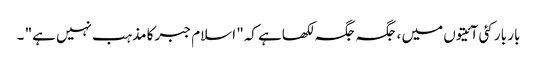
بار بار کئی آئیتوں میں ، جگہ جگہ لکھاہے کہ" اسلام جبر کا مذہب نہیں ہے" ۔